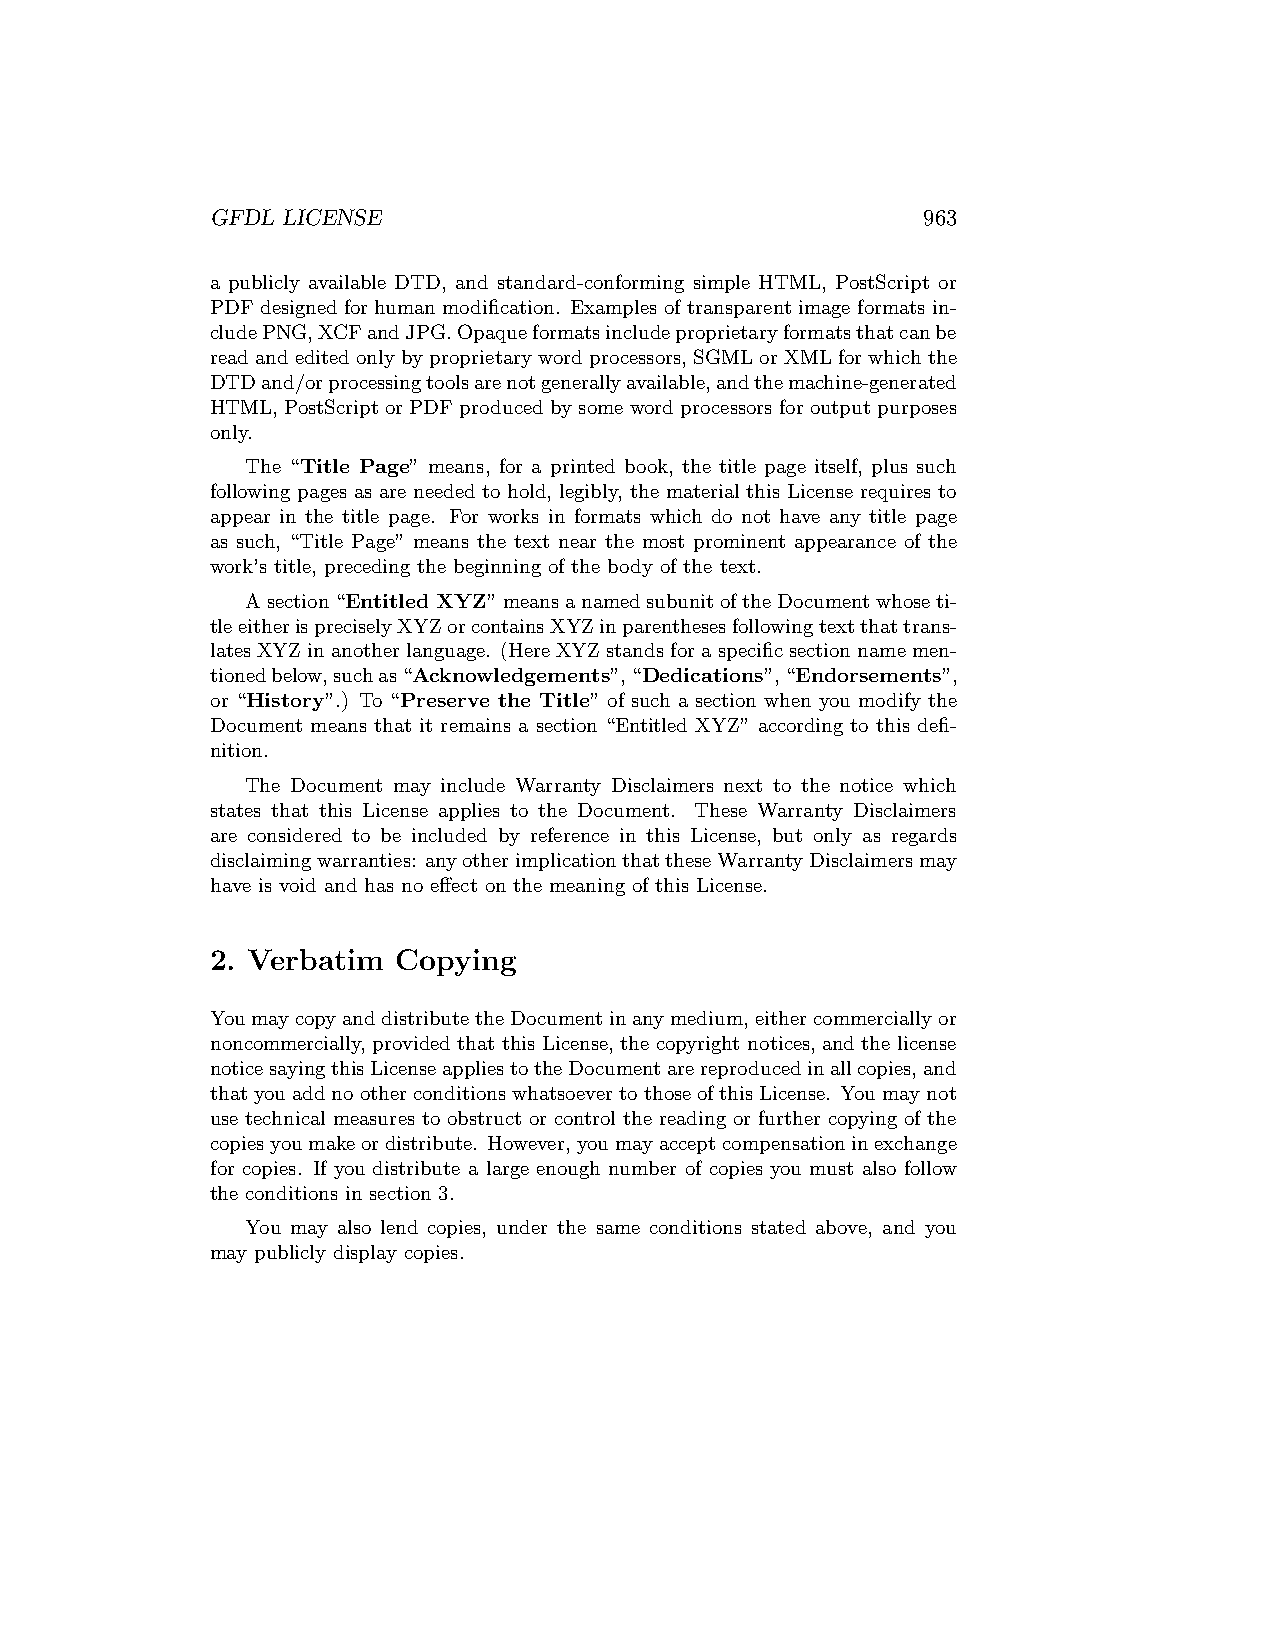
GFDL LICENSE                                   963
 a publicly available DTD, and standard-conforming simple HTML, PostScript or
 PDF designed for human modification. Examples of transparent image formats in-
 cludePNG,XCFandJPG.Opaqueformatsincludeproprietaryformatsthatcanbe
 read and edited only by proprietary word processors, SGML or XML for which the
 DTDand/orprocessingtoolsarenotgenerallyavailable,andthemachine-generated
 HTML, PostScript or PDF produced by some word processors for output purposes
 only.
 The “Title Page” means, for a printed book, the title page itself, plus such
 following pages as are needed to hold, legibly, the material this License requires to
 appear in the title page. For works in formats which do not have any title page
 as such, “Title Page” means the text near the most prominent appearance of the
 work’s title, preceding the beginning of the body of the text.
 Asection“Entitled XYZ”meansanamedsubunitoftheDocumentwhoseti-
 tleeitherispreciselyXYZorcontainsXYZinparenthesesfollowingtextthattrans-
 latesXYZinanotherlanguage. (HereXYZstandsforaspecificsectionnamemen-
 tionedbelow,suchas“Acknowledgements”,“Dedications”,“Endorsements”,
 or “History”.) To “Preserve the Title” of such a section when you modify the
 Document means that it remains a section “Entitled XYZ” according to this defi-
 nition.
 The Document may include Warranty Disclaimers next to the notice which
 states that this License applies to the Document. These Warranty Disclaimers
 are considered to be included by reference in this License, but only as regards
 disclaimingwarranties: anyotherimplicationthattheseWarrantyDisclaimersmay
 have is void and has no effect on the meaning of this License.
 2. Verbatim Copying
 YoumaycopyanddistributetheDocumentinanymedium,eithercommerciallyor
 noncommercially, provided that this License, the copyright notices, and the license
 noticesayingthisLicenseappliestotheDocumentarereproducedinallcopies,and
 thatyouaddnootherconditionswhatsoevertothoseofthisLicense. Youmaynot
 use technical measures to obstruct or control the reading or further copying of the
 copiesyoumakeordistribute. However,youmayacceptcompensationinexchange
 for copies. If you distribute a large enough number of copies you must also follow
 the conditions in section 3.
 You may also lend copies, under the same conditions stated above, and you
 may publicly display copies.